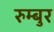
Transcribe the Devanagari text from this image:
रुम्बुर